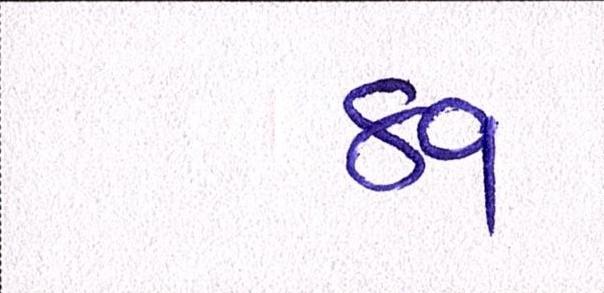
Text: ૪૧